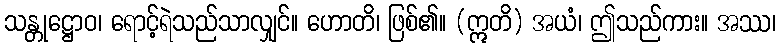
သန္တုဋ္ဌောဝ၊ ရောင့်ရဲသည်သာလျှင်။ ဟောတိ၊ ဖြစ်၏။ (ဣတိ) အယံ၊ ဤသည်ကား။ အဿ၊